Report of the Hyderabad Chloroform Commission
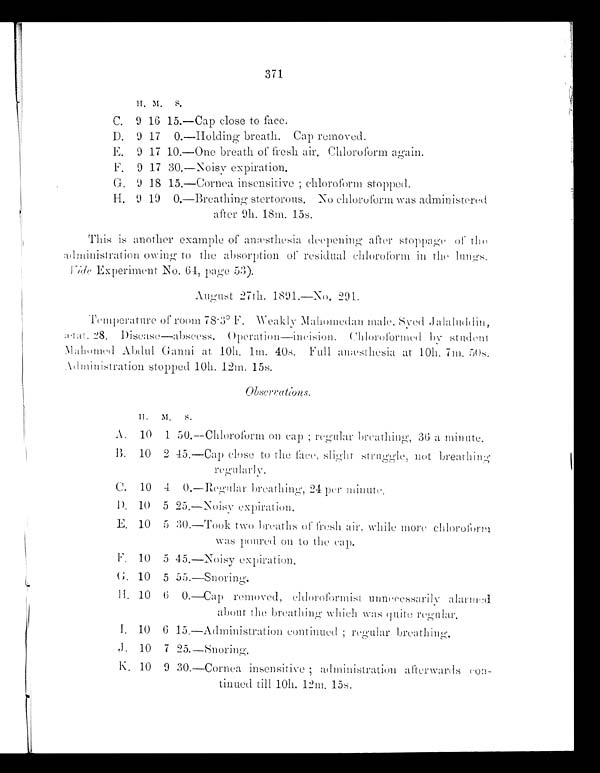
371
H. M. S.
C.
9 16
1 5 .
—Cap close to face.
D.
9 17
0 . —Holding breath. Cap removed.
E.
9 17
1 0 .
—One breath of fresh air. Chloroform again.
F.
9 17
3 0 . —Noisv expiration.
G.
9 18
1 5 . —Cornea insensitive ; chloroform stopped.
H. 9 19
0 .
—Breathing stertorous. No chloroform was administered
after 9h. 18m. 15s.
This is another example of anæsthesia deepening after stoppage of the
administration owing to the absorption of residual chloroform in the lungs.
Vide
Experiment No. 64, page 53).
August 27th. 1891.—No. 291.
Temperature of room 78.3° F. Weakly Mahomedan male, Syed Jalaluddin,
ætat. 28. Disease—abscess. Operation—ineision. Chloroformed by student
Mahomed Abdul. Ganni at 10h. 1m. 40s. Full anæsthesia at 10h. 7m. 50s.
Administration stopped 10h. 12m. 15s.
Observations.
H.
M. S.
A.
10
1
5 0 .
—Chloroform on cap ; regular breathing, 36 a minute.
B.
10
2
4 5 .
—Cap close to the face, slight struggle, not
breathing regularly.
C.
10
4
0 .
—Regular breathing. 24 per minute.
D.
10
5
2 5 .
—Noisy expiration.
E.
10
5
3 0 .
—Took two breaths of fresh air, while more chloroform
was poured on to the cap.
F.
10
5
4 5 .
—Noisy expiration.
G. 10
5
5 5 .
—Snoring.
H. 10
6
0
—Cap removed, chloroformist unnecessarily alarmed
about the breathing Which was quite regular.
I.
10
6
1 5 .
—Administration continued ; regular breathing.
J.
10
7
2 5 .
—Snoring.
K . 10
9
3 0 .
—Cornea insensitive ; administration afterwards con-
tinued till 10h. 12m. 15s.